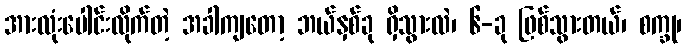
အားလုံးပေါင်းလိုက်တဲ့ အခါကျတော့ ဘယ်နှစ်ခု ရှိသွားလဲ၊ ၆-ခု ဖြစ်သွားတယ်၊ စက္ခု၊